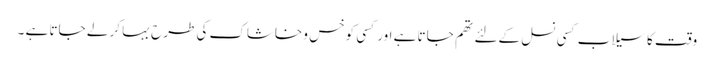
وقت کا سیلاب کسی نسل کےلئے تھم جاتا ہے اور کسی کو خس و خاشاک کی طرح بہا کر لے جاتا ہے ۔